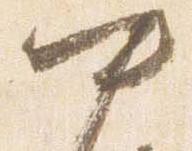
中